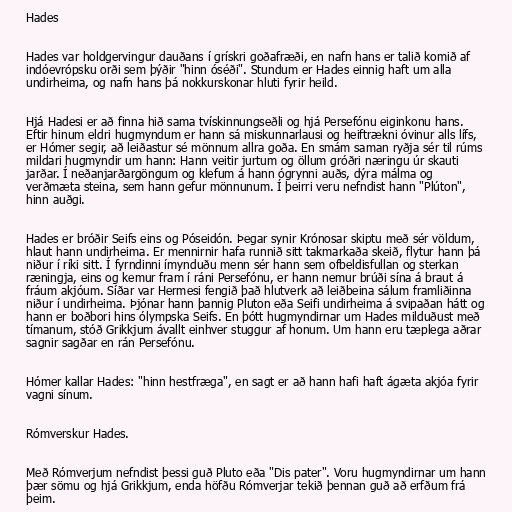
Hades

Hades var holdgervingur dauðans í grískri goðafræði, en nafn hans er talið komið af
indóevrópsku orði sem þýðir "hinn óséði". Stundum er Hades einnig haft um alla
undirheima, og nafn hans þá nokkurskonar hluti fyrir heild.

Hjá Hadesi er að finna hið sama tvískinnungseðli og hjá Persefónu eiginkonu hans.
Eftir hinum eldri hugmyndum er hann sá miskunnarlausi og heiftrækni óvinur alls lífs,
er Hómer segir, að leiðastur sé mönnum allra goða. En smám saman ryðja sér til rúms
mildari hugmyndir um hann: Hann veitir jurtum og öllum gróðri næringu úr skauti
jarðar. Í neðanjarðargöngum og klefum á hann ógrynni auðs, dýra málma og
verðmæta steina, sem hann gefur mönnunum. Í þeirri veru nefndist hann "Plúton",
hinn auðgi.

Hades er bróðir Seifs eins og Póseidón. Þegar synir Krónosar skiptu með sér völdum,
hlaut hann undirheima. Er mennirnir hafa runnið sitt takmarkaða skeið, flytur hann þá
niður í ríki sitt. Í fyrndinni ímynduðu menn sér hann sem ofbeldisfullan og sterkan
ræningja, eins og kemur fram í ráni Persefónu, er hann nemur brúði sína á braut á
fráum akjóum. Síðar var Hermesi fengið það hlutverk að leiðbeina sálum framliðinna
niður í undirheima. Þjónar hann þannig Pluton eða Seifi undirheima á svipaðan hátt og
hann er boðbori hins ólympska Seifs. En þótt hugmyndirnar um Hades milduðust með
tímanum, stóð Grikkjum ávallt einhver stuggur af honum. Um hann eru tæplega aðrar
sagnir sagðar en rán Persefónu.

Hómer kallar Hades: "hinn hestfræga", en sagt er að hann hafi haft ágæta akjóa fyrir
vagni sínum.

Rómverskur Hades.

Með Rómverjum nefndist þessi guð Pluto eða "Dis pater". Voru hugmyndirnar um hann
þær sömu og hjá Grikkjum, enda höfðu Rómverjar tekið þennan guð að erfðum frá
þeim.